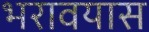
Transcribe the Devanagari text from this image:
भरावयास